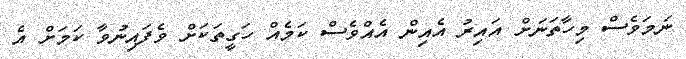
ނަމަވެސް މިހާތަނަށް އައިރު އެއިން އެއްވެސް ކަމެއް ހަގީތަކަށް ވެފައިނުވާ ކަމަށް އެ